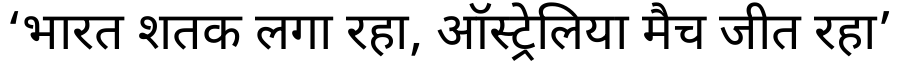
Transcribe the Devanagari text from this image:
‘भारत शतक लगा रहा, ऑस्ट्रेलिया मैच जीत रहा’